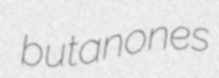
butanones